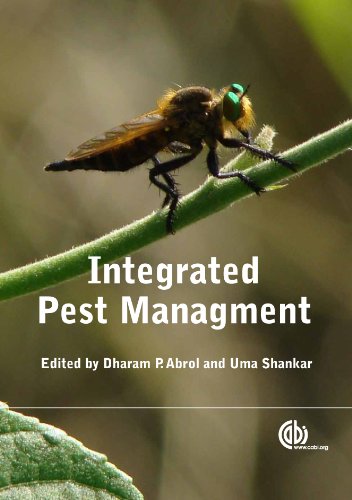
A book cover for Integrated Pest Management: Principles and Practice; Science & Math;